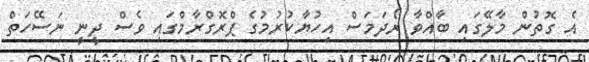
އެ ގޮތުން މާލޭގައި ބާއްވާ ރޯދަމަސް އިހުޔާކުރުމުގެ ޕްރޮގްރާމްގައި ވެސް ދީނީ ނަސޭހަތް